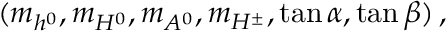
( m _ { h ^ { 0 } } , m _ { H ^ { 0 } } , m _ { A ^ { 0 } } , m _ { H ^ { \pm } } , \tan \alpha , \tan \beta ) \, ,